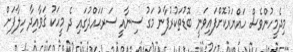
މިދެމީހުންވެސް ހައްޔަރުކޮށްފައިވަނީ ބޮޑުތަކުރުފާނު މަގު ސިނާއީ ސަރަޙައްދުގައި ދެ މީހަކު ޤަވާއިދާ ހިލާފަށް